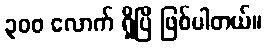
၃ဝဝ လောက် ရှိပြီ ဖြစ်ပါတယ်။